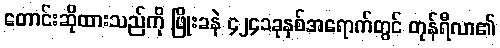
တောင်းဆိုထားသည်ကို ဖြိုးခနဲ ၄၂၄၁ခုနှစ်အရောက်တွင် တုန်ရီလာ၏